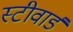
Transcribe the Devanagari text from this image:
स्टीवार्ड